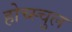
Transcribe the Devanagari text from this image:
होच्स्चुल